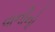
વાનીનો